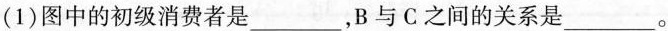
(1)图中的初级消费者是___，B与C之间的关系是___。